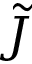
\tilde { J }